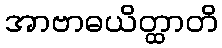
အာဗာဓယိတ္ထာတိ